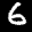
Label: 6